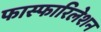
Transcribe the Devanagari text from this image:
फास्फारिलेशन